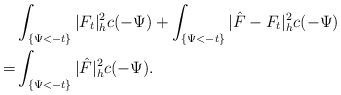
\begin{align*}&\int_{\{\Psi<-t\}}|F_t|^2_hc(-\Psi)+\int_{\{\Psi<-t\}}|\hat{F}-F_t|^2_hc(-\Psi)\\=&\int_{\{\Psi<-t\}}|\hat{F}|^2_hc(-\Psi).\end{align*}